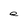
Character: e